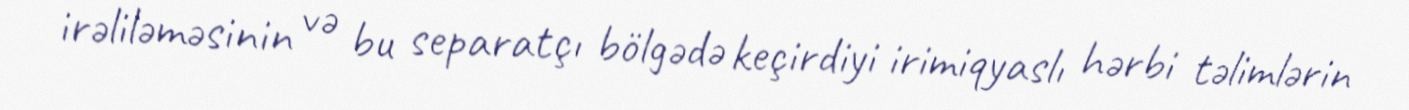
irəliləməsinin və bu separatçı bölgədə keçirdiyi irimiqyaslı hərbi təlimlərin